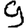
Digit: 9